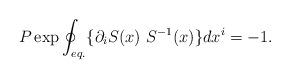
LaTeX: \begin{align*}P \exp \oint_{eq.} \{ \partial_i S(x) \ S^{-1}(x) \} dx^i = -1.\end{align*}